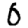
Digit: 0